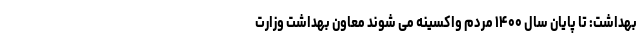
بهداشت: تا پایان سال ۱۴۰۰ مردم واکسینه می شوند معاون بهداشت وزارت